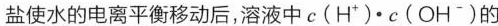
盐使水的电离平衡移动后，溶液中$$c(H^{+})\cdot c(OH^{-})$$的